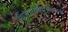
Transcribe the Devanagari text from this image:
विचारप्रर्वतनालाच